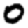
Digit: 0